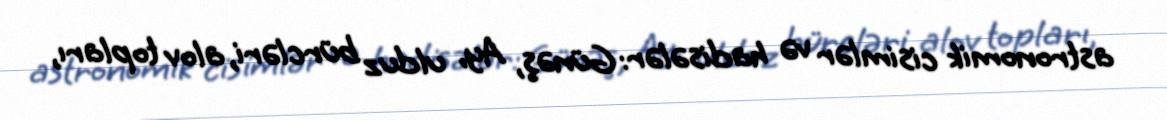
astronomik cisimlər və hadisələr: Günəş, Ay, ulduz bürcləri, alov topları,